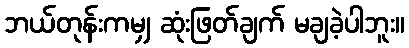
ဘယ်တုန်းကမျှ ဆုံးဖြတ်ချက် မချခဲ့ပါဘူး။